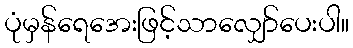
ပုံမှန်ရေအေးဖြင့်သာလျှော်ပေးပါ။